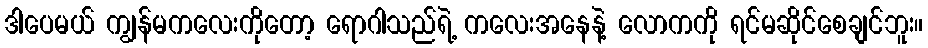
ဒါပေမယ် ကျွန်မကလေးကိုတော့ ရောဂါသည်ရဲ့ ကလေးအနေနဲ့ လောကကို ရင်မဆိုင်စေချင်ဘူး။